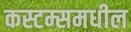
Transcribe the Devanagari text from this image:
कस्टम्समधील